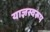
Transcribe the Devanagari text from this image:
याज्ञस्वरूप